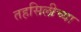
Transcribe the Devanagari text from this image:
तहसिलीच्या